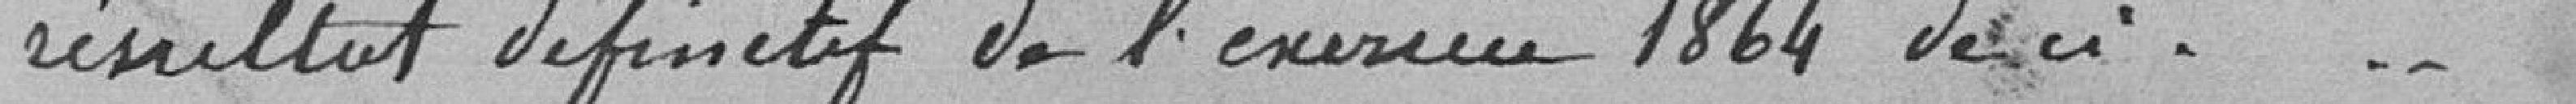
résultat définitif de l'exercice 1864 de